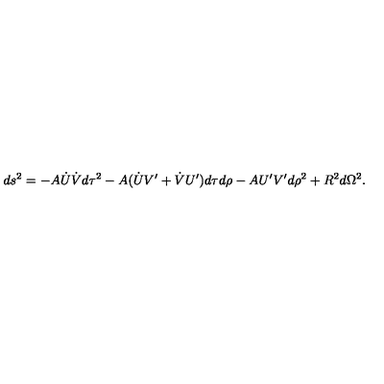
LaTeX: d s ^ { 2 } = - A \dot { U } \dot { V } d \tau ^ { 2 } - A ( \dot { U } V ^ { \prime } + \dot { V } U ^ { \prime } ) d \tau d \rho - A U ^ { \prime } V ^ { \prime } d \rho ^ { 2 } + R ^ { 2 } d \Omega ^ { 2 } .